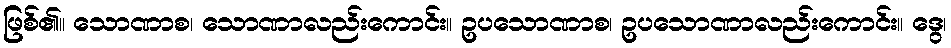
ဖြစ်၏။ သောဏာစ၊ သောဏာလည်းကောင်း။ ဥပသောဏာစ၊ ဥပသောဏာလည်းကောင်း။ ဒွေ၊